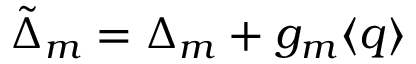
\tilde { \Delta } _ { m } = \Delta _ { m } + g _ { m } \langle q \rangle